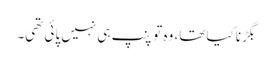
بگڑنا کیا تھا، وہ تو پنپ ہی نہیں پائی تھی۔